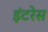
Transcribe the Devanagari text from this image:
इंटरेस